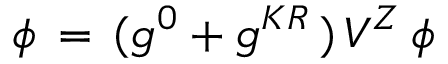
\phi \, = \, ( g ^ { 0 } + g ^ { K R } \, ) \, V ^ { Z } \, \phi